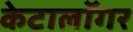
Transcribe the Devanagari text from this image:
केटालॉगर